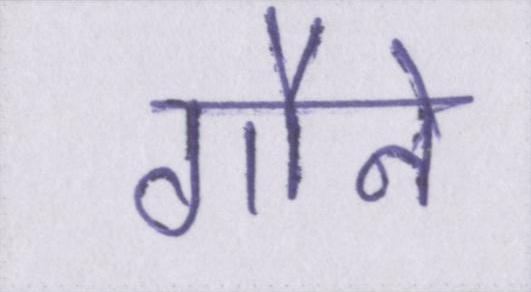
गौने